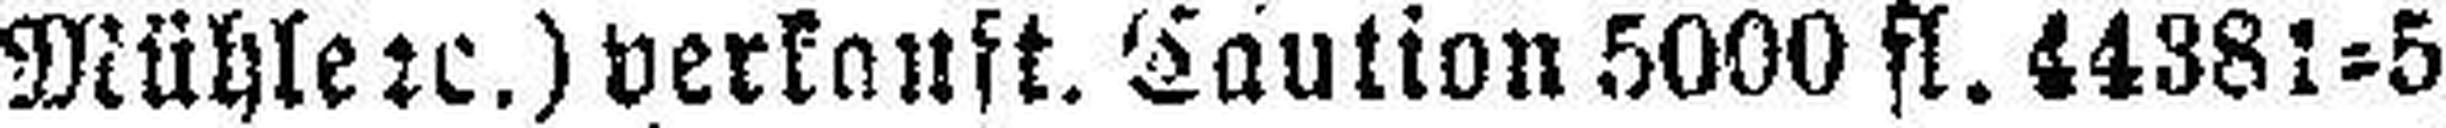
Mühle 2c.) verkauft, Caution 5000 fl. 44381=5